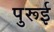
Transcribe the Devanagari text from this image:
पुरूई